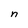
Character: n